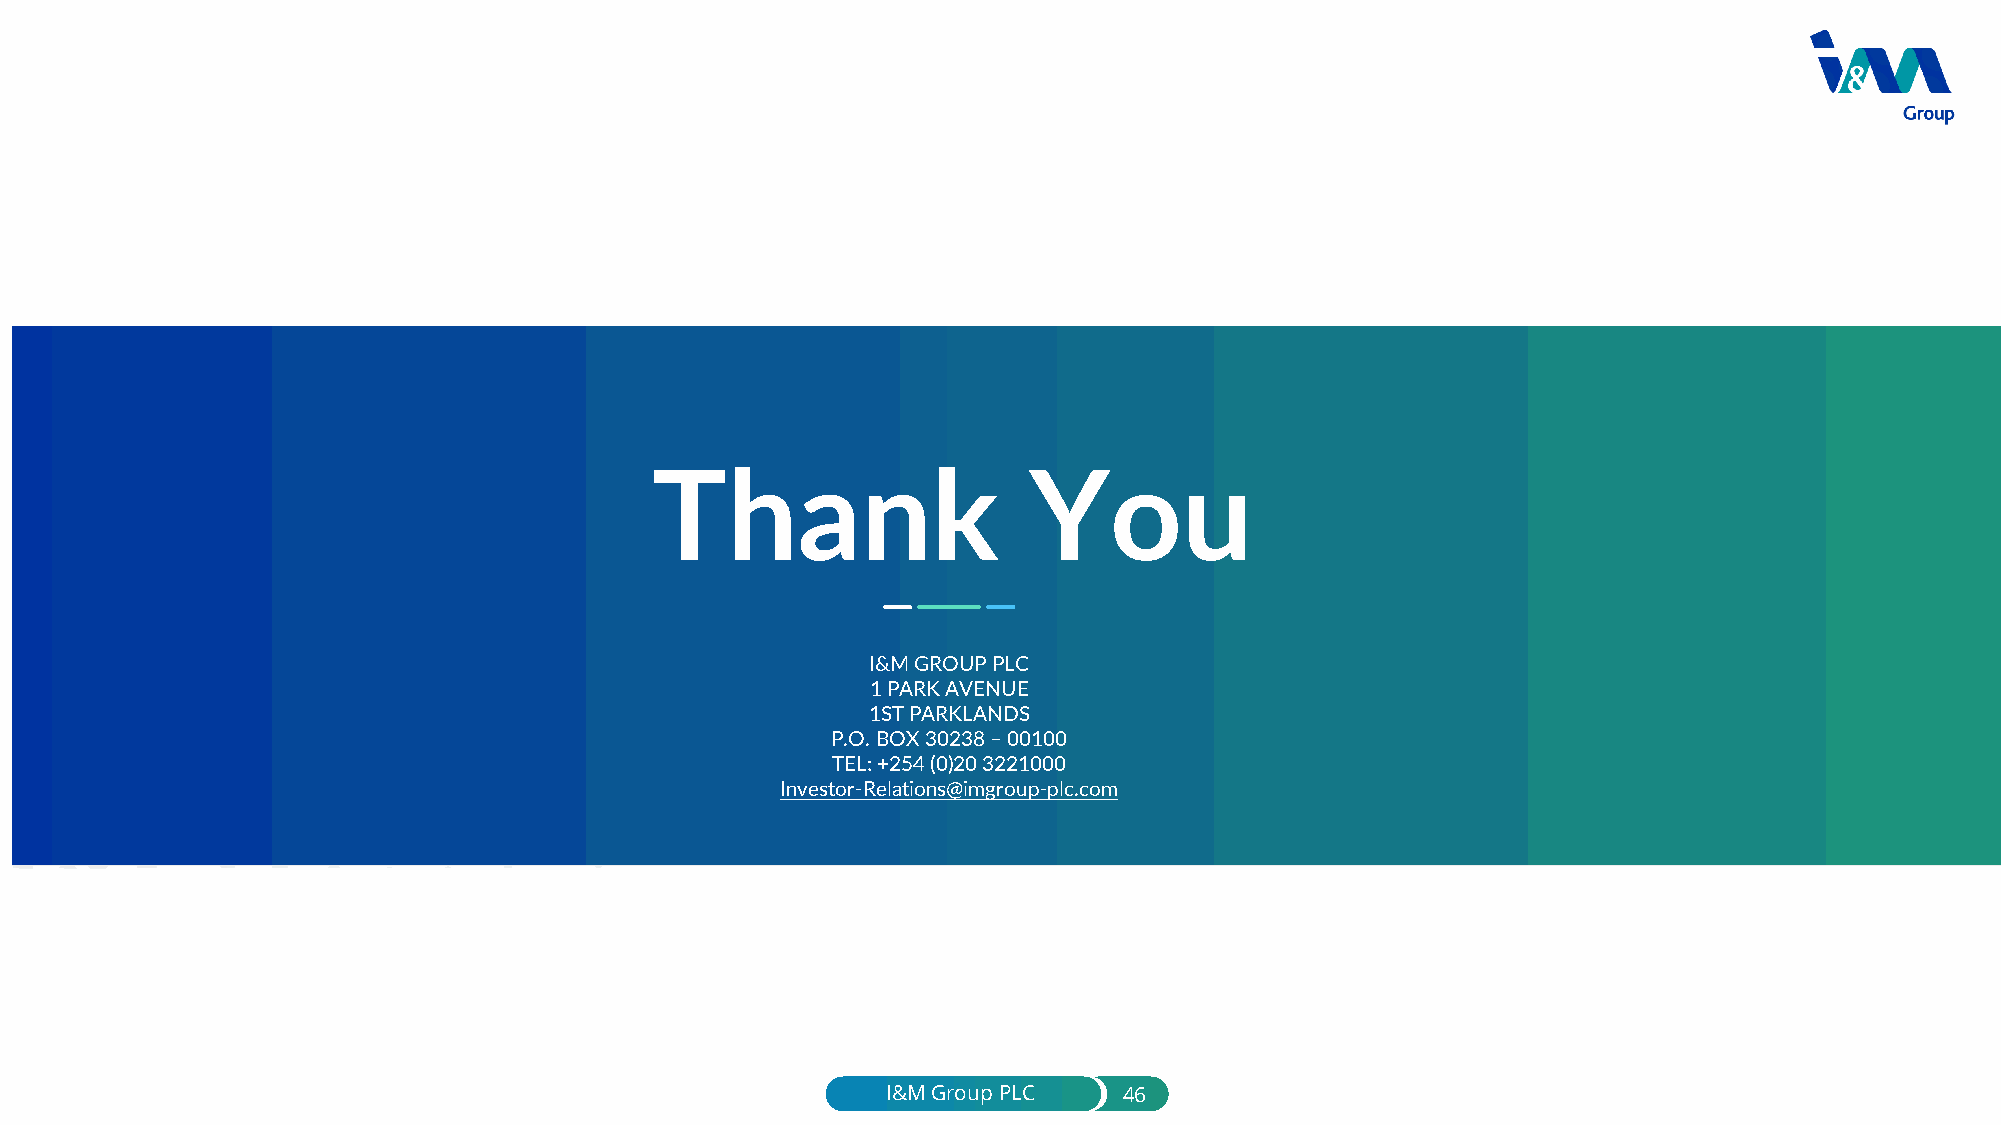
Thank                    You
 I&M GROUP PLC
 1 PARK AVENUE
 1STPARKLANDS
 P.O. BOX 30238 –00100
 TEL: +254 (0)20 3221000
 Investor-Relations@imgroup-plc.com
 I&M Group PLC  46